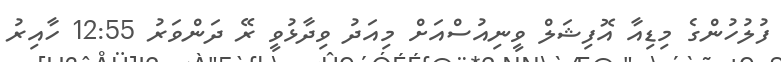
ފުލުހުންގެ މިޑިއާ އޮފިޝަލް ވީނިއުސްއަށް މިއަދު ވިދާޅުވީ ރޭ ދަންވަރު 12:55 ހާއިރު